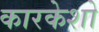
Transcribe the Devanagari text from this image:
कारकेशो